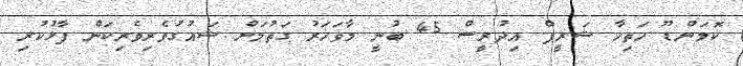
ކޮމަންޑޫ ހަތިހާ ޝަރީފް އިދުރީސް 45 ބުނީ މާވަހަރު ގަތުމަށް ޝައުގުވެރިވެރިކަން ފާޅުކުރި